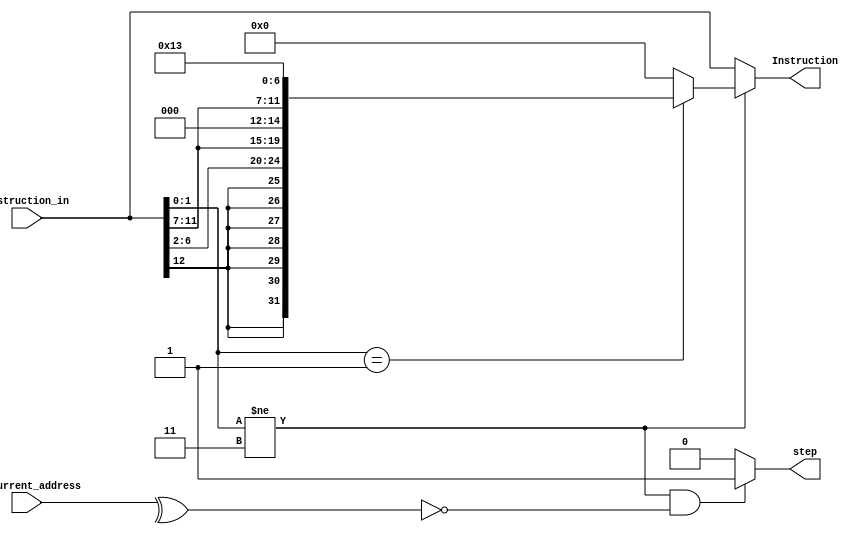
/* 
    RiscV32IMC Pipelined Processor  
    Copyright (C) 2023 Ahmed Waseem, Ahmed ElBarbary

    This program is free software; you can redistribute it and/or modify
    it under the terms of the GNU General Public License as published by
    the Free Software Foundation; either version 2 of the License, or
    (at your option) any later version.

    This program is distributed in the hope that it will be useful,
    but WITHOUT ANY WARRANTY; without even the implied warranty of
    MERCHANTABILITY or FITNESS FOR A PARTICULAR PURPOSE.  See the
    GNU General Public License for more details.

    You should have received a copy of the GNU General Public License along
    with this program; if not, write to the Free Software Foundation, Inc.,
    51 Franklin Street, Fifth Floor, Boston, MA 02110-1301 USA.

*/ 

`timescale 1ns / 1ps
`define  rs_1ORd Instruction_in[11:7]

module decompressor(input  [32-1:0] Instruction_in,
                    input  [8-1:0]  pc_current_address,
                    output [32-1:0] Instruction,
                    output          step);

reg [32-1:0] decompressor_reg;

always @ (*) begin 
    if(Instruction_in[1:0] != 2'b11) begin //compressed instruction
        case(Instruction_in[1:0])
            2'b01: decompressor_reg = { {(32-26){Instruction_in[12]}}, Instruction_in[12], Instruction_in[6:2] ,`rs_1ORd, 3'b000, `rs_1ORd ,7'b0010011}; //C.ADDI
            default: decompressor_reg = 32'd0;
        endcase
    end
    else begin //non compressed
        decompressor_reg = Instruction_in;
    end
end

assign Instruction = decompressor_reg;

//only do compressed steps when you encounter a lower compressed halfword
assign step = (Instruction_in[1:0] != 2'b11 && ~(^pc_current_address)) ? 1'b1 : 1'b0; 


endmodule